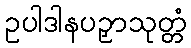
ဥပါဒါနပဉှာသုတ္တံ